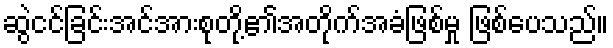
ဆွဲငင်ခြင်းအင်အားစုတို့၏အတိုက်အခံဖြစ်မှု ဖြစ်ပေသည်။